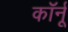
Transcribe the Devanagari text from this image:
कॉर्नू